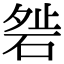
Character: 𥓇